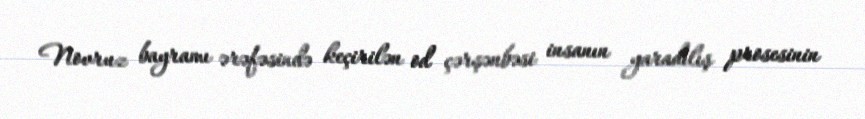
Novruz bayramı ərəfəsində keçirilən od çərşənbəsi insanın yaradılış prosesinin